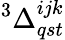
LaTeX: {}^{3}\Delta_{qst}^{ijk}